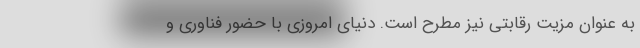
به عنوان مزیت رقابتی نیز مطرح است. دنیای امروزی با حضور فناوری و